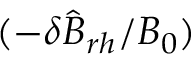
( - \delta \hat { B } _ { r h } / B _ { 0 } )